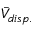
\bar { V } _ { d i s p . }